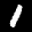
Label: 1